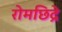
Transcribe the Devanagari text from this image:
रोमछिद्रे